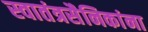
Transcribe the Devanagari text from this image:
स्वातंत्रसैनिकांना